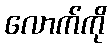
လောက်ကို